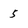
Character: 5